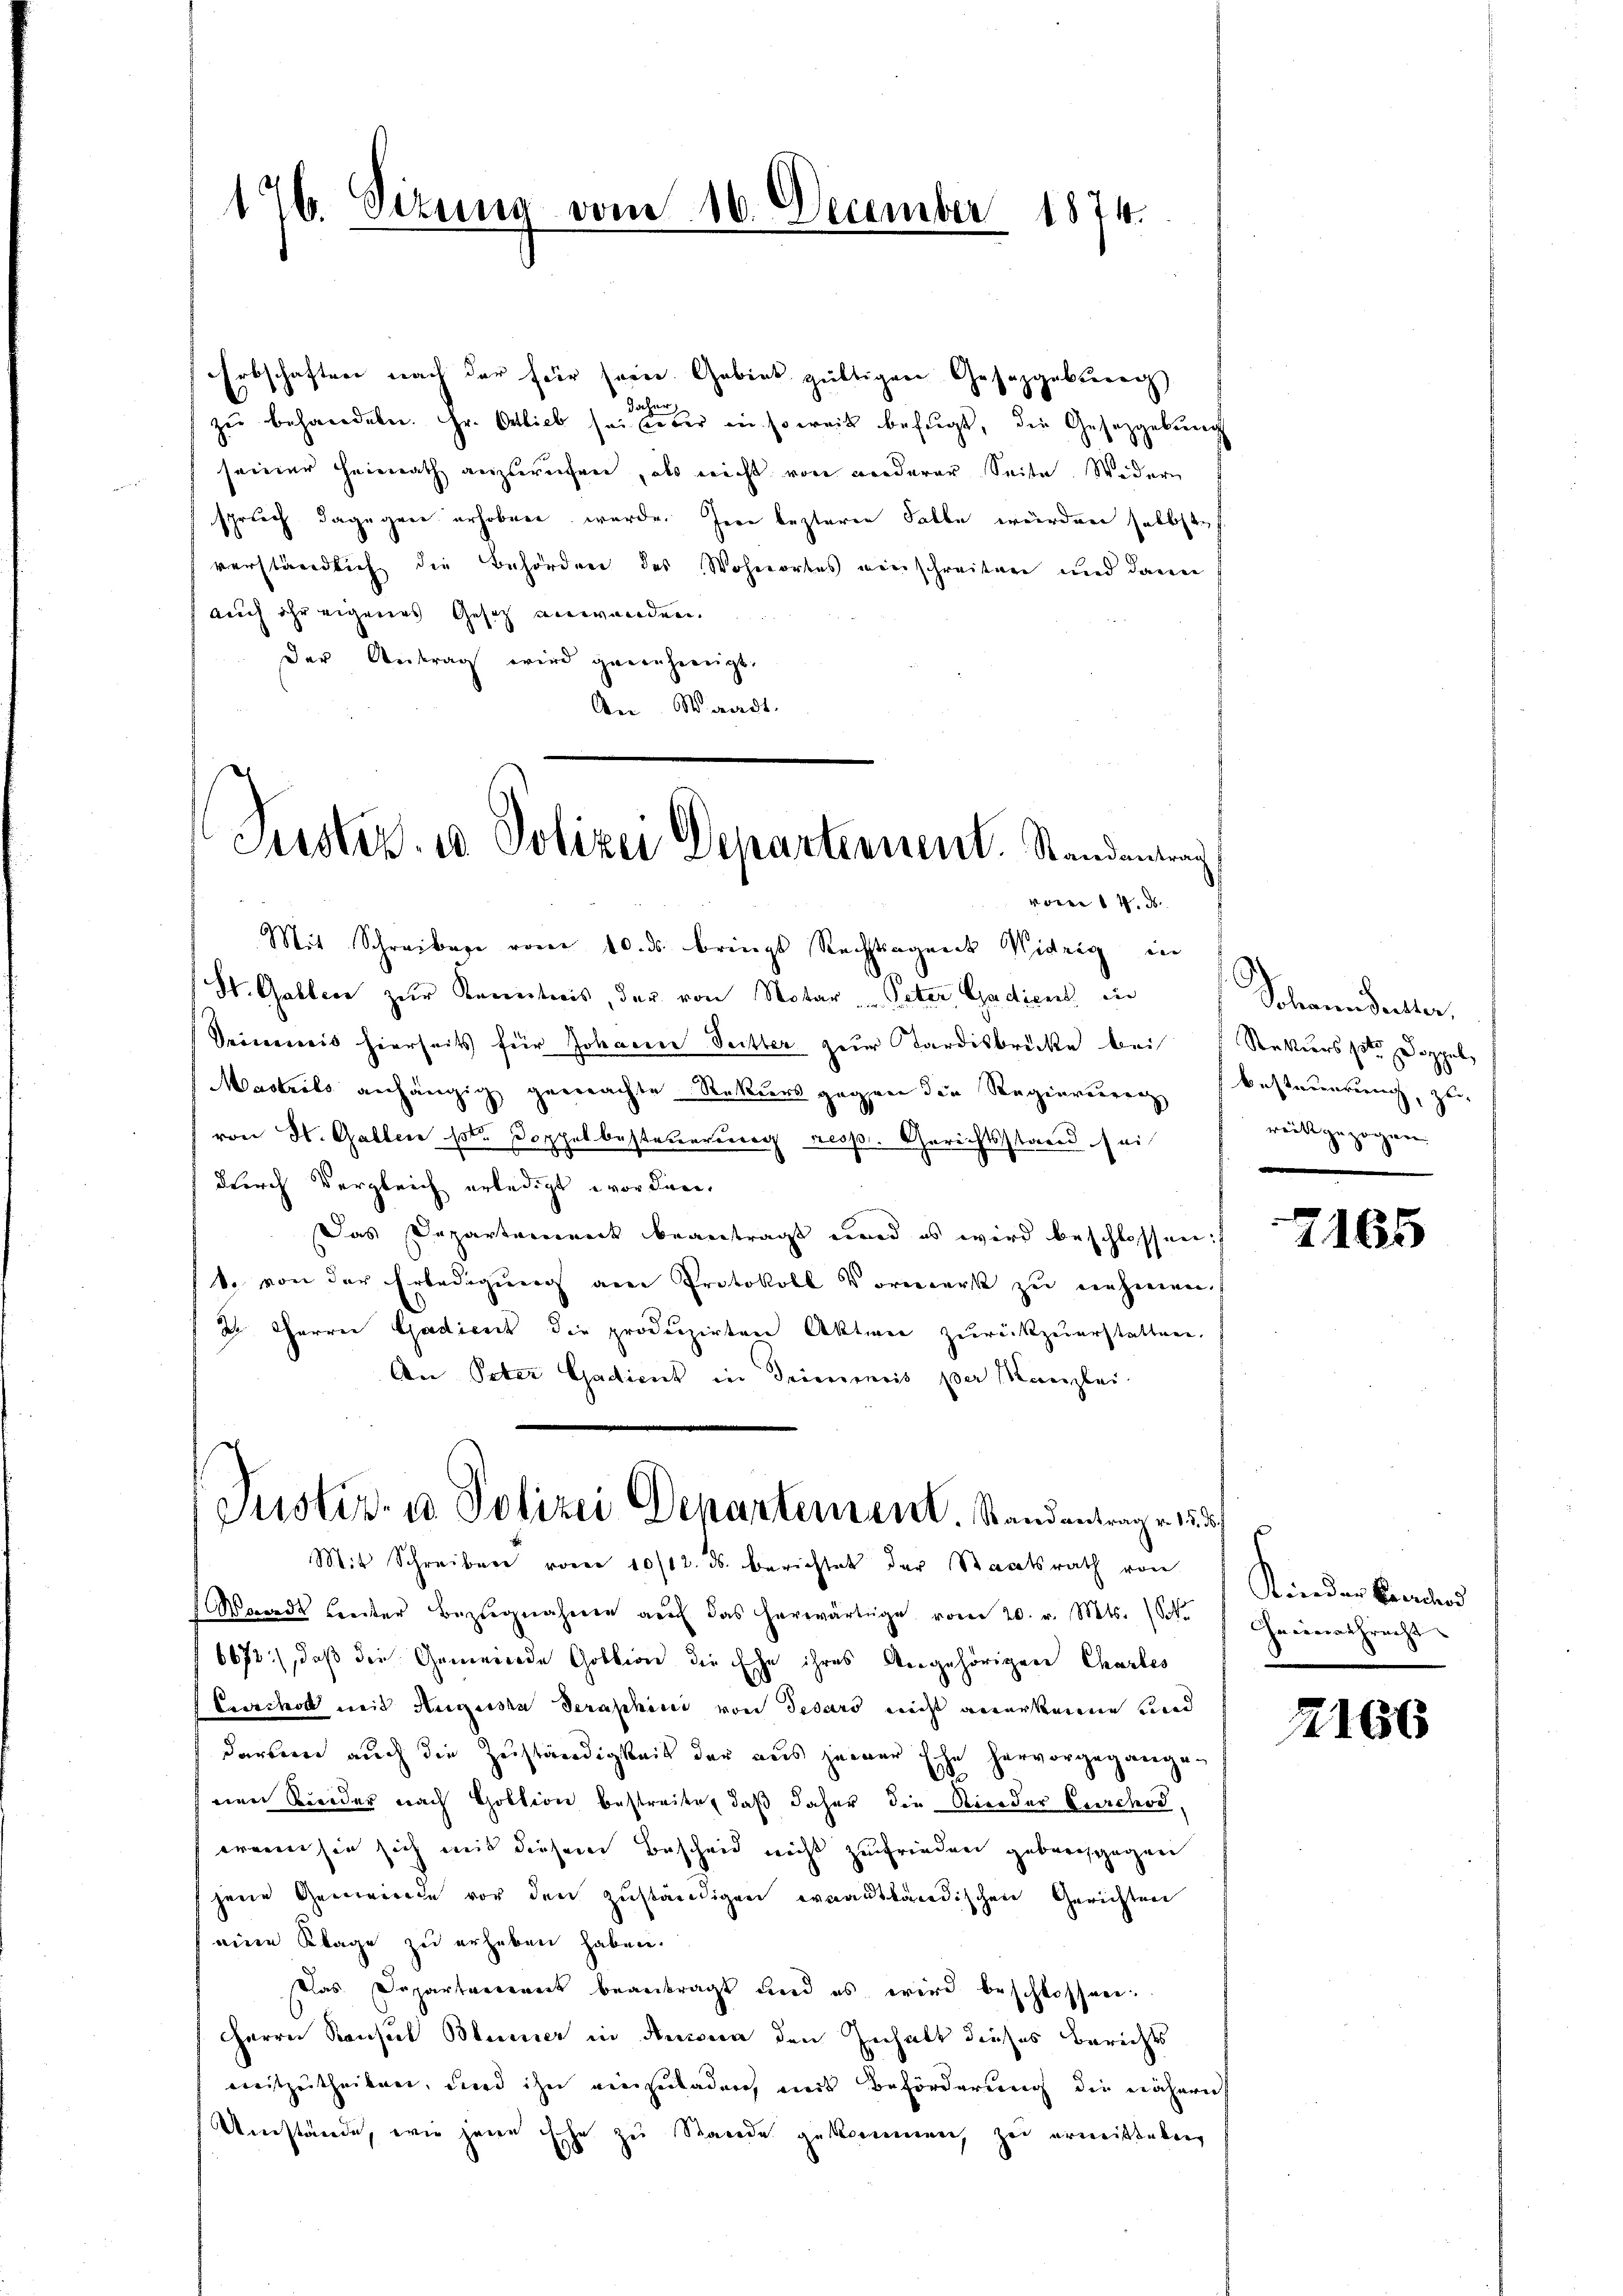
126. Sizung vom 16. December 1874.

Erbschaften nach der für sein Gebiet gültigen Gesetzgebung
Jahn
zu behandeln. Hr. Oblieb sei aber insoweit befugt, die Gesetzgebung
seiner Heimath anzureihen, als nicht von anderer Seite. Wedern
spruch dagegen erhoben wurde. Herr lezteren Falle würden selbst
verständlich die Behörderer des Wohnortes vierschreiten und dann
auch ihr eigenes Gesetz anwenden.
der Antrag wird genehmigt.
An Waadt.
Mit Schreiben vom 10. ds bringt Rechtsagende Widrig in
St. Galler zur Kenntnis, der von Notar - Peter Gadient in
Seineweis hierseits für Johanne Seitter zur Tardisbrücke bei
Masteils anhängig gewachte Rekurs gegen die Regierung besteuerung, zu
von H. Galler per Doppelbesteuerung resp. Gerichtsstand sei
durch Vergleich erledigt worden.
Das Departennert beantragt wird es wird beschlossen:
1. von der Erledigung am Protokoll Vormerk zu nehmen.
2 harrer Gadient die produzirten Aktier zurückzuerstatten.
An Peter Gadient in Trienmeis der Kanzlei.

Justiz- u Polizei Departennent. Standentrag
vom 14. d.

Justiz- u Polizei Departement. Standentrag v. u. d

Mit Schreiben vom 10/12. ds. berichtet der Staatsrath von
Waadt hinter Bezŭgnahme aŭf das herwärtige vom 20. v. Mts. (S.
6672), daß die Gemeinde Gobtion die Ehe ihres Angehörigen Charles
Prercholt mit Augusta derapheni von Sebars nicht anerkenne und
darben auch die Zuständigkeit der aus jener Ehe hervorgegangen
nen Bieder nach Goltion bestreitet daß daher die Rieder Curchod,
wenn sie sich mit diesem Bescheid nicht zufrieden geburchgegen
jene Gemeinde vor den zuständigen ernantländischen Gerichten
eine Klage zu erheben haben.
as Departarennet beantragt und es wird beschlossen.
Herrn Konsul Blümer in Anna den Inhalt dieses Berichts
mitzutheilen, und ihn einzuladen, mit Beförderung die nähern
Umstände, wie jene Ehe zu Stande gekommen, zu ermitteten

Johann detter.
Rekurs pote Doppel,
weit gezogen.

7165

Kinder Brautend
Geminathrecht

2166